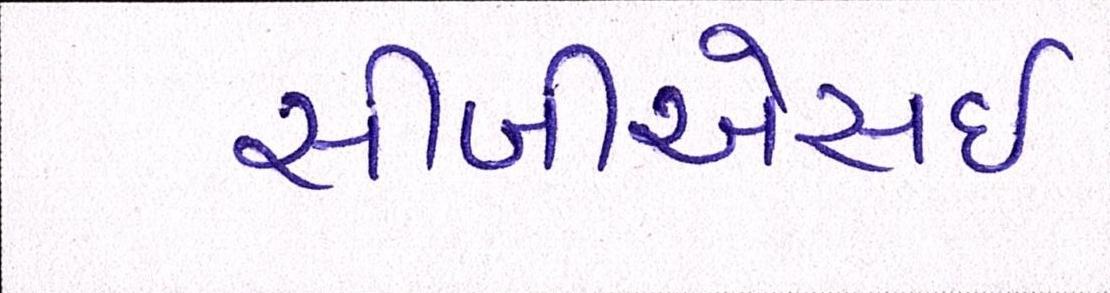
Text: સીબીએસઇ